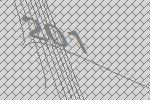
201